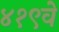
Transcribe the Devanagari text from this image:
४१९वें